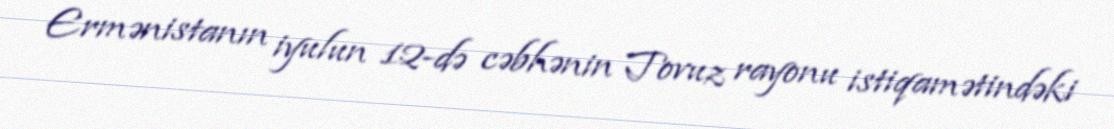
Ermənistanın iyulun 12-də cəbhənin Tovuz rayonu istiqamətindəki